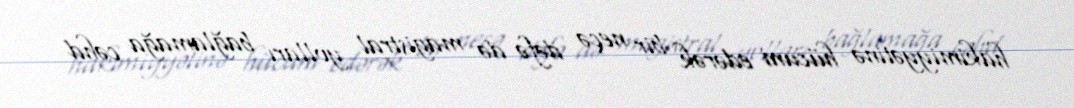
hakimiyyətinə hücum edərək bir neçə dəfə də magistral yolları bağlamağa cəhd